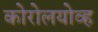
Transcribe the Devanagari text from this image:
कोरोलयोव्ह